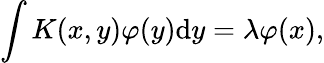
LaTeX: \int K(x,y)\varphi(y)\mathrm{d}y=\lambda\varphi(x),